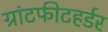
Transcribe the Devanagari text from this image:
ग्रांटफीटहर्डर